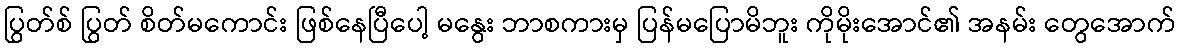
ပြွတ်စ် ပြွတ် စိတ်မကောင်း ဖြစ်နေပြီပေါ့ မနွေး ဘာစကားမှ ပြန်မပြောမိဘူး ကိုမိုးအောင်၏ အနမ်း တွေအောက်